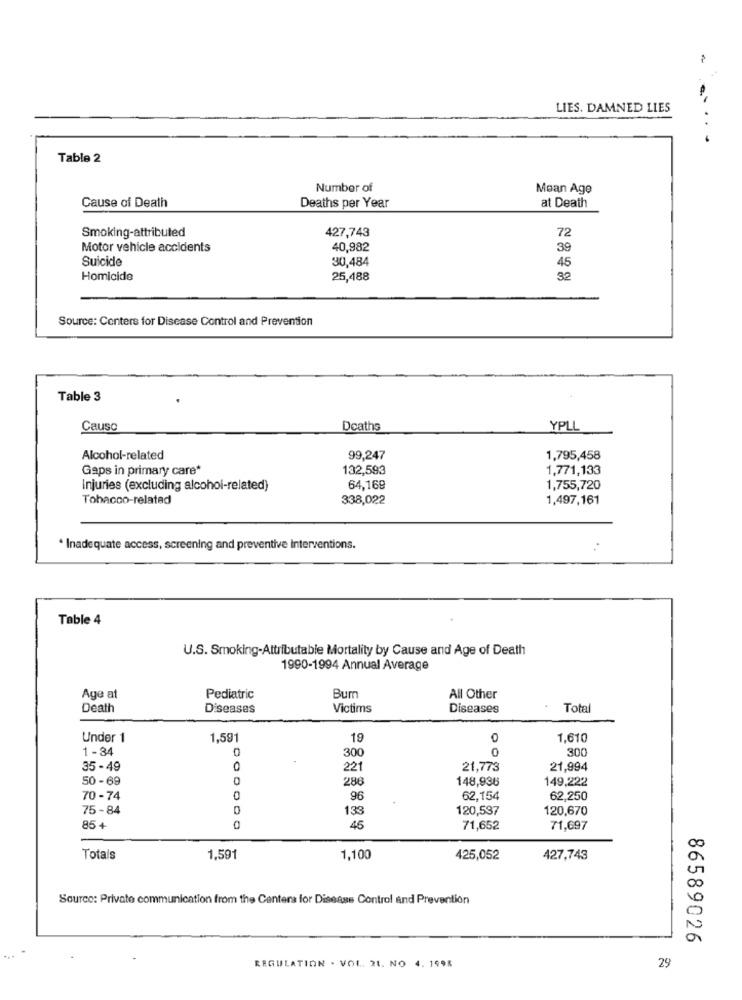
LIES. DAMNED LIES
.....
Table 2
Number of
Mean Age
Cause of Death
Deaths per Year
at Death
Smoking-attributed
427,743
72
Motor vehicle accidents
40,982
39
Suicide
30,484
46
Homicide
25,488
32
Source: Centers for Disease Control and Prevention
Table 3
Causo
Deaths
YPLL
Alcohol-related
99,247
1,795,458
Gaps in primary care*
132,593
1,771,133
Injuries (excluding alcohol-related)
64,168
1,755,720
Tobacco-related
338,022
1,497,161
* Inadequate access, screening and preventive Interventions.
..
Table 4
U.S. Smoking-Attributable Mortality by Cause and Age of Death
1990-1994 Annual Average
Age at
Pediatric
Bum
All Other
Death
Diseases
Victims
Diseases
Total
Under 1
1,591
19
0
1,610
1 -34
0
300
0
300
35 - 49
0
221
21,773
21,994
50-69
28
148,936
149,222
70 -74
0
96
62,154
62,250
75-84
133
120,537
120,670
85+
45
71,652
71,697
Totals
1,591
1,100
425,052
427,743
Source: Private communication from the Centers for Disease Control and Prevention
86589026
29
REGULATION . VOL. 21. NO 4. 1998